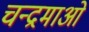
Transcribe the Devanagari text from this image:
चन्द्रमाओ